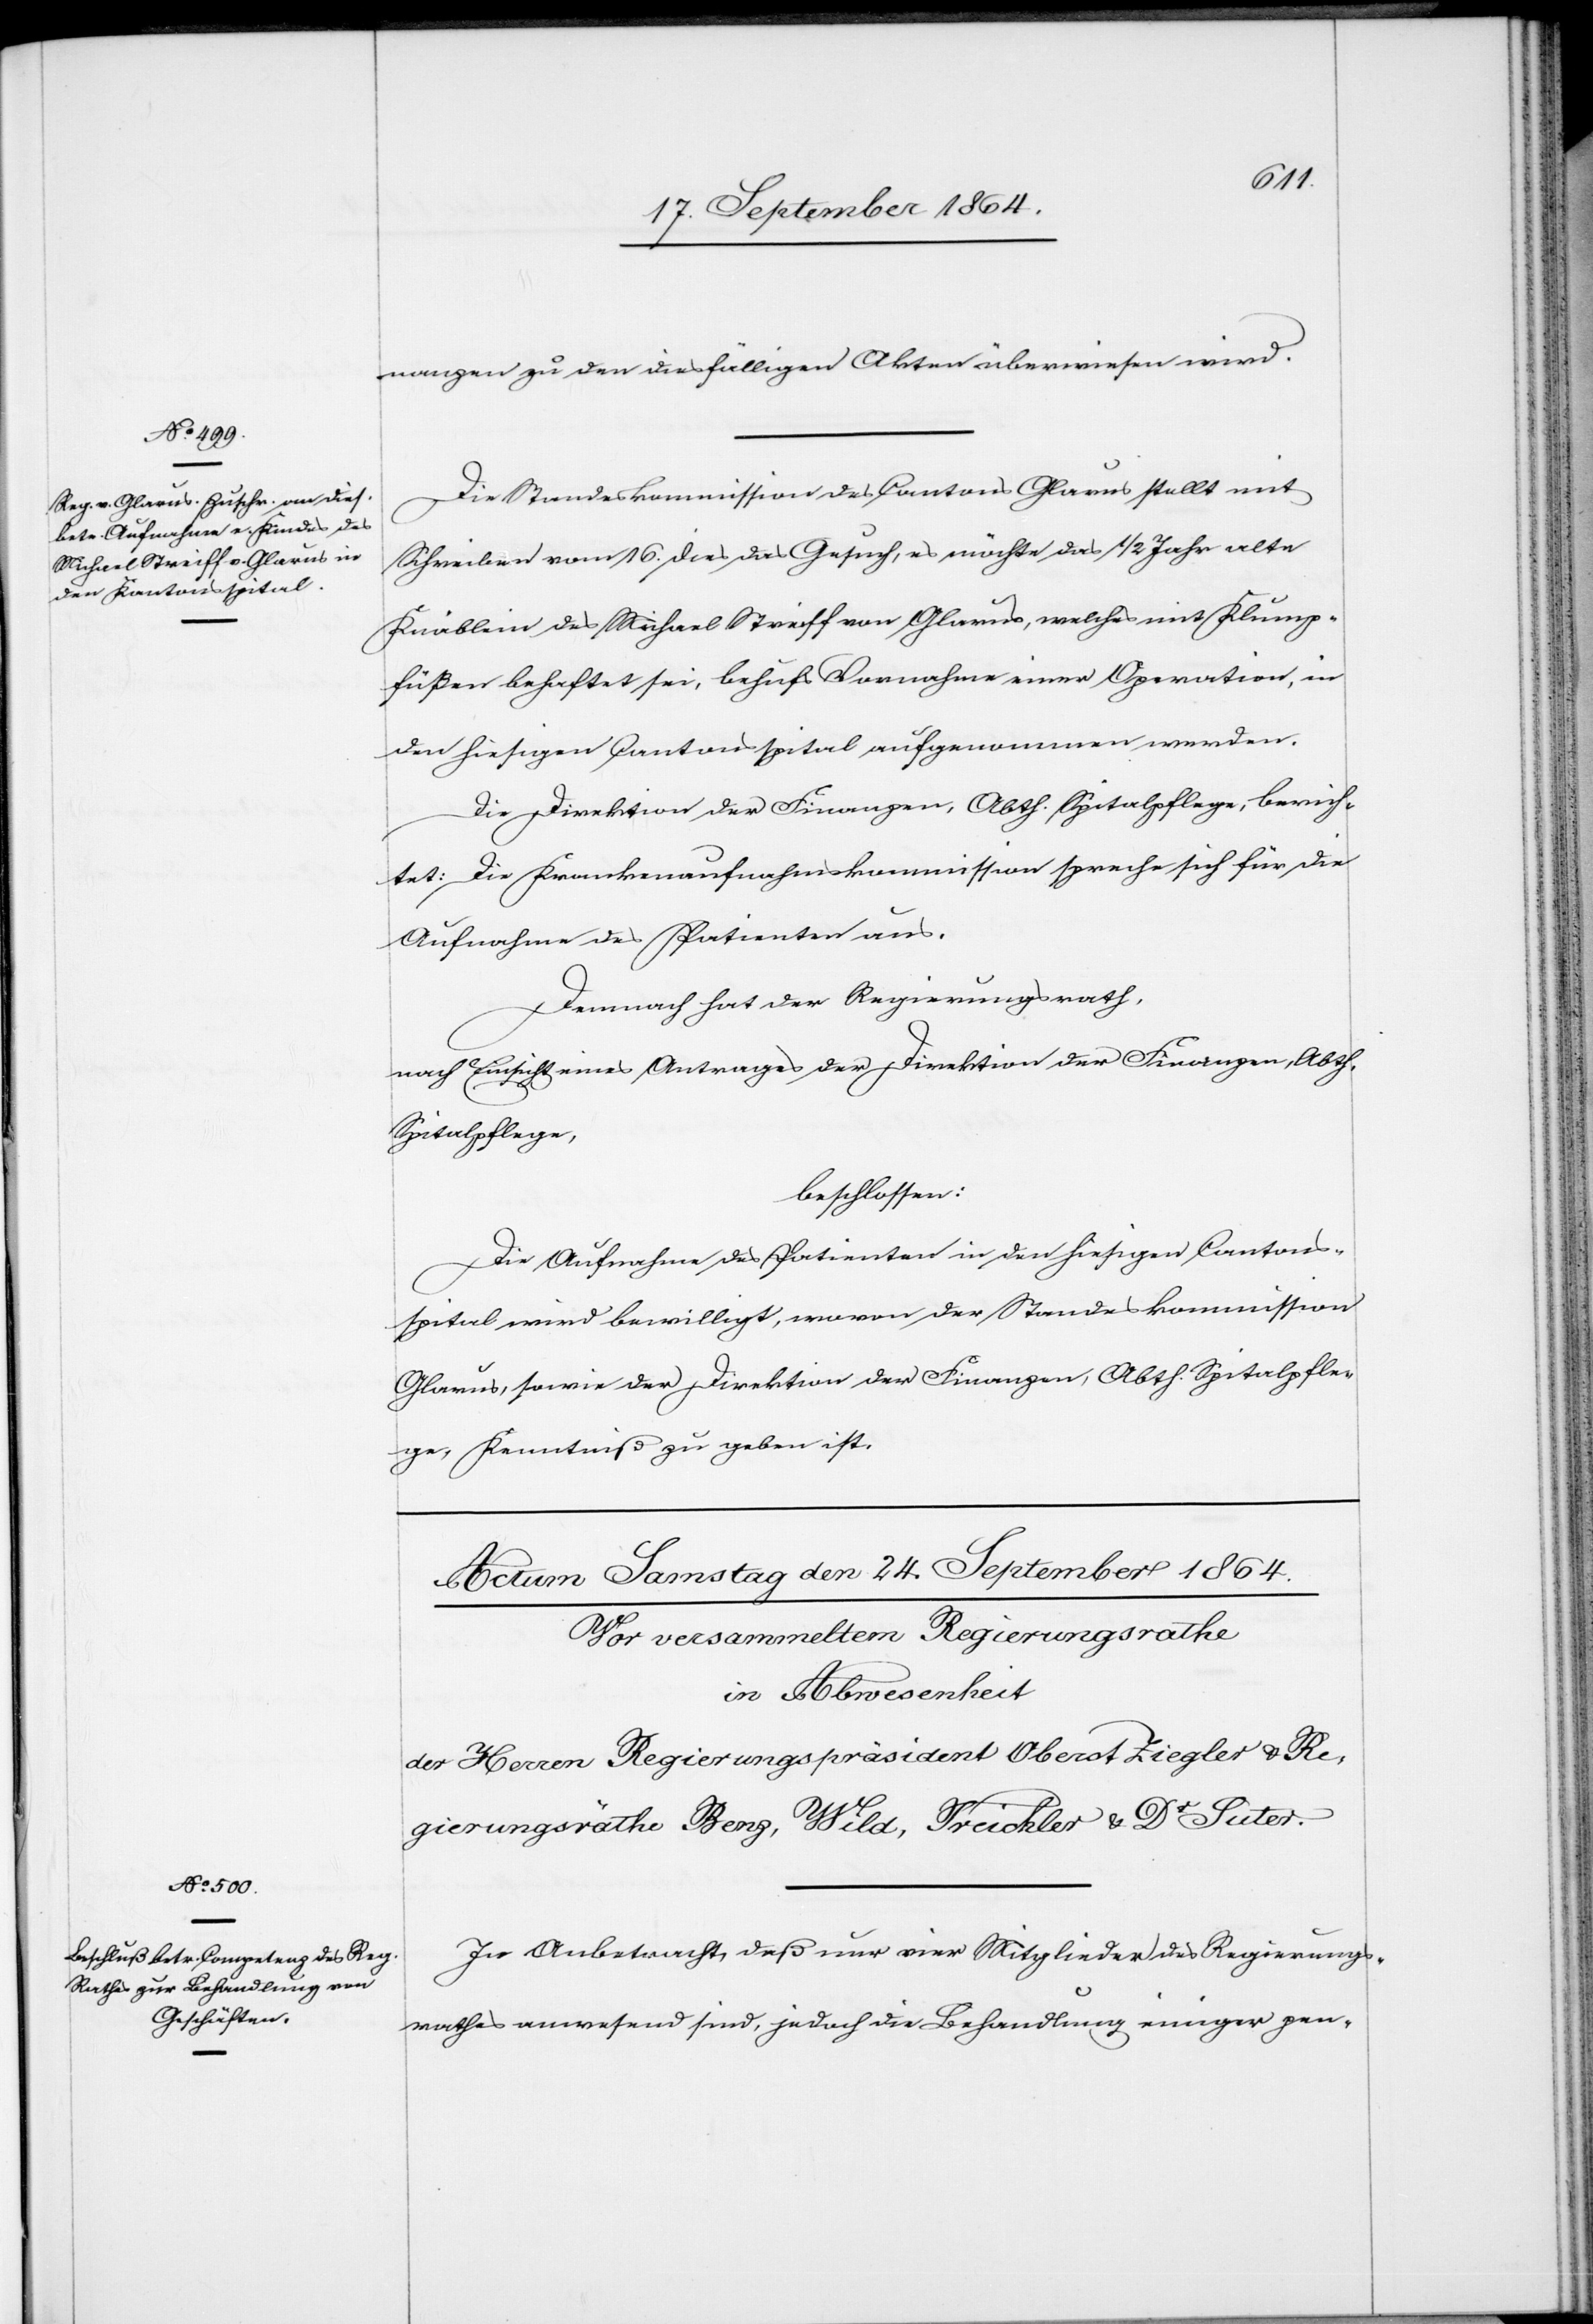
23. September 1864.]
nanzen zu den diesfälligen Akten überwiesen wird.
Die Standeskommission des Cantons Glarus stellt mit
Schreiben vom 16. dies das Gesuch, es möchte das 1/2 Jahr alte
Knäblein des Michael Streiff von Glarus, welches mit Klump¬
füßen behaftet sei, behufs Vornahme einer Operation, in
den hiesigen Cantonsspital aufgenommen werden.
Die Direktion der Finanzen, Abth. Spitalpflege, berich¬
tet: Die Krankenaufnahmskommission spreche sich für die
Aufnahme des Patienten aus.
Demnach hat der Regierungsrath
nach Einsicht eines Antrages der Direktion der Finanzen, Abth.
Spitalpflege,
beschlossen:
Die Aufnahme des Patienten in den hiesigen Cantons¬
spital wird bewilligt, wovon der Standeskommission
Glarus, sowie der Direktion der Finanzen, Abth. Spitalpfle¬
ge, Kenntniß zu geben ist.
In Anbetracht, daß nur vier Mitglieder des Regierungs¬
rathes anwesend sind, jedoch die Behandlung einiger pen-